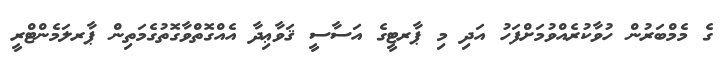
ގެ މެމްބަރުން ހުވާކުރެއްވުމަށްފަހު އަދި މި ޕާރޓީގެ އަސާސީ ޤަވާޢިދާ އެއްގޮތްވާގޮތުގެމަތިން ޕާރލަމެންޓްރީ